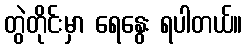
တွဲတိုင်းမှာ ရေနွေး ရပါတယ်။